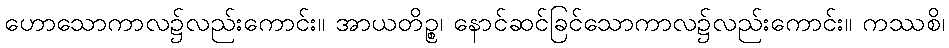
ဟောသောကာလ၌လည်းကောင်း။ အာယတိဉ္စ၊ နောင်ဆင်ခြင်သောကာလ၌လည်းကောင်း။ ကဿစိ၊